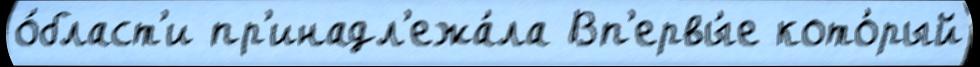
о́бласт'и пр'инадл'ежа́ла Вп'ервы́е кото́рый